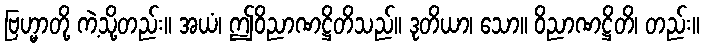
ဗြဟ္မာတို့ ကဲ့သို့တည်း။ အယံ၊ ဤဝိညာဏဋ္ဌိတိသည်။ ဒုတိယာ၊ သော။ ဝိညာဏဋ္ဌိတိ၊ တည်း။